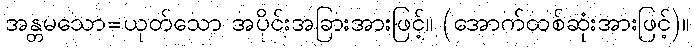
အန္တမသော=ယုတ်သော အပိုင်းအခြားအားဖြင့်။ (အောက်ထစ်ဆုံးအားဖြင့်)။